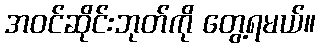
အဝင်ဆိုင်းဘုတ်ကို တွေ့ရမယ်။